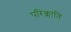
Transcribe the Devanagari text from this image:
परिक्लांति